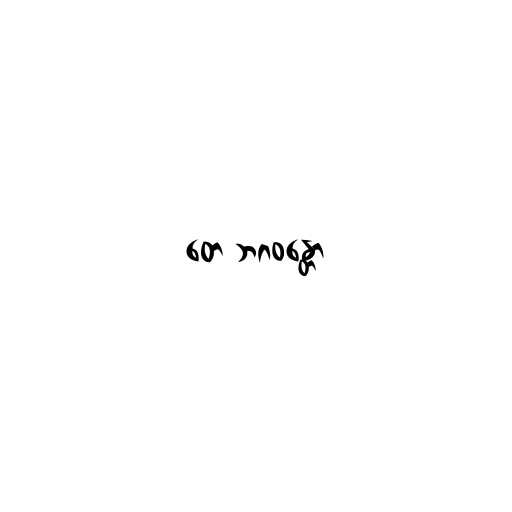
တေ ဘဂဝန္တော